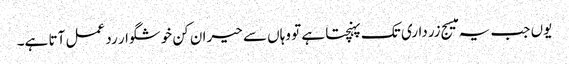
یوں جب یہ میسج زرداری تک پہنچتا ہے تو وہاں سے حیران کن خوشگوار رد عمل آتا ہے۔